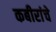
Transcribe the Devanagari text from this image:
कबीरांचे